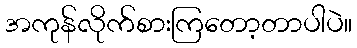
အကုန်လိုက်စားကြတော့တာပါပဲ။